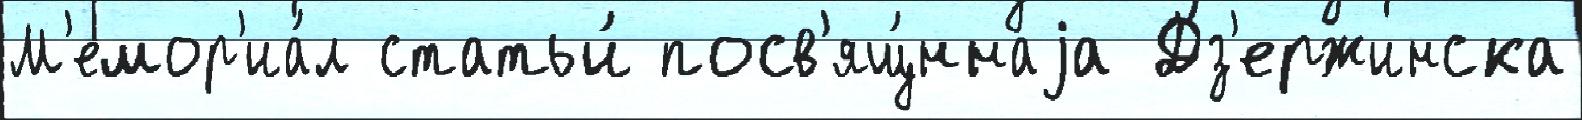
М'емор'иа́л статьи́ посв'ящ́ннаjа Дз'ержинска